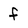
Character: f